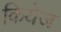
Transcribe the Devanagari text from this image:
कियेज